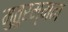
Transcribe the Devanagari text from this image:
मुतुरम्मन